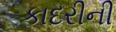
કાદરીની